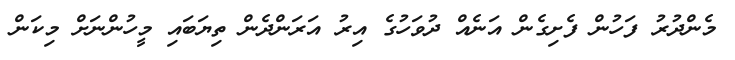
މެންދުރު ފަހުން ފެށިގެން އަނެއް ދުވަހުގެ އިރު އަރަންދެން ތިޔަބައި މީހުންނަށް މިކަން